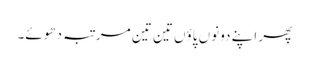
پھر اپنے دونوں پاؤں تین تین مرتبہ دھوئے۔